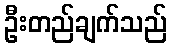
ဦးတည်ချက်သည်